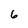
Character: 6